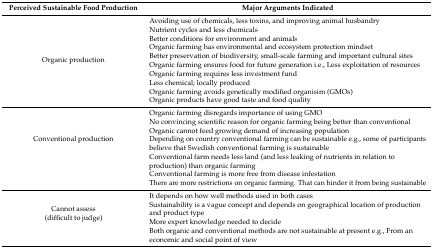
<table><thead><tr><td><b>Perceived Sustainable Food Production</b></td><td><b>Major Arguments Indicated</b></td></tr></thead><tbody><tr><td rowspan="10">Organic production</td><td>Avoiding use of chemicals, less toxins, and improving animal husbandry</td></tr><tr><td>Nutrient cycles and less chemicals</td></tr><tr><td>Better conditions for environment and animals</td></tr><tr><td>Organic farming has environmental and ecosystem protection mindset</td></tr><tr><td>Better preservation of biodiversity, small-scale farming and important cultural sites</td></tr><tr><td>Organic farming ensures food for future generation i.e., Less exploitation of resources</td></tr><tr><td>Organic farming requires less investment fund</td></tr><tr><td>Less chemical; locally produced</td></tr><tr><td>Organic farming avoids genetically modified organisim (GMOs)</td></tr><tr><td>Organic products have good taste and food quality</td></tr><tr><td rowspan="7">Conventional production</td><td>Organic farming disregards importance of using GMO</td></tr><tr><td>No convincing scientific reason for organic farming being better than conventional</td></tr><tr><td>Organic cannot feed growing demand of increasing population</td></tr><tr><td>Depending on country conventional farming can be sustainable e.g., some of participants believe that Swedish conventional farming is sustainable</td></tr><tr><td>Conventional farm needs less land (and less leaking of nutrients in relation to production) than organic farming</td></tr><tr><td>Conventional farming is more free from disease infestation</td></tr><tr><td>There are more restrictions on organic farming. That can hinder it from being sustainable</td></tr><tr><td rowspan="3">Cannot assess (difficult to judge)</td><td>It depends on how well methods used in both casesSustainability is a vague concept and depends on geographical location of production and product type</td></tr><tr><td>More expert knowledge needed to decide</td></tr><tr><td>Both organic and conventional methods are not sustainable at present e.g., From an economic and social point of view</td></tr></tbody></table>